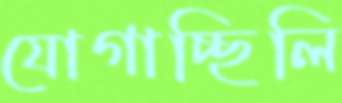
যোগাচ্ছিলি